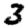
Digit: 3